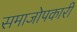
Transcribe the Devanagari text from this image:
समाजोपकारी